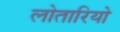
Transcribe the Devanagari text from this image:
लोतारियो